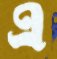
এ